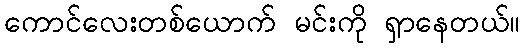
ကောင်လေးတစ်ယောက် မင်းကို ရှာနေတယ်။